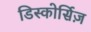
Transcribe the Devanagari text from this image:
डिस्कोर्सिज़